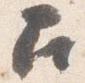
召